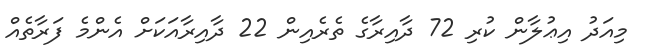
މިއަދު އިޢުލާން ކުރި 72 ދާއިރާގެ ތެރެއިން 22 ދާއިރާއަކަށް އެންމެ ފަރާތެއް